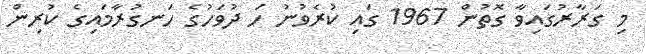
މި ގަރާރުގައިވާ ގޮތުން 1967 ގައި ކުރެވުނު ހަ ދުވަހުގެ ހަނގުރާމައިގެ ކުރިން